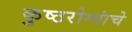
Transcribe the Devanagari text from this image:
कुष्ठरोग्यांचे